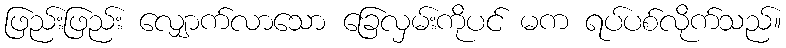
ဖြည်းဖြည်း လျှောက်လာသော ခြေလှမ်းကိုပင် မက ရပ်ပစ်လိုက်သည်။